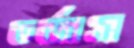
তর্জাস